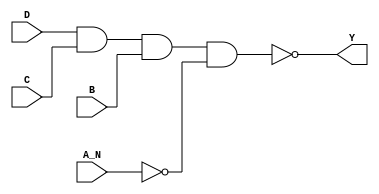
module sky130_fd_sc_lp__nand4b_7 (
    Y  ,
    A_N,
    B  ,
    C  ,
    D
);
    output Y  ;
    input  A_N;
    input  B  ;
    input  C  ;
    input  D  ;
    wire not0_out   ;
    wire nand0_out_Y;
    not  not0  (not0_out   , A_N              );
    nand nand0 (nand0_out_Y, D, C, B, not0_out);
    buf  buf0  (Y          , nand0_out_Y      );
endmodule